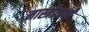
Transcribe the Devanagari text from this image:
मास्त्रोयानी